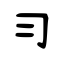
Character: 习